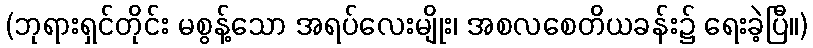
(ဘုရားရှင်တိုင်း မစွန့်သော အရပ်လေးမျိုး၊ အစလစေတိယခန်း၌ ရေးခဲ့ပြီ။)